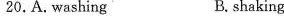
20.A.washing B. shaking